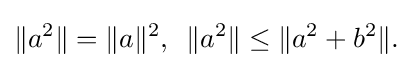
\displaystyle {\|a^{2}\|=\|a\|^{2},\,\,\,\|a^{2}\|\leq \|a^{2}+b^{2}\|.}